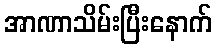
အာဏာသိမ်းပြီးနောက်